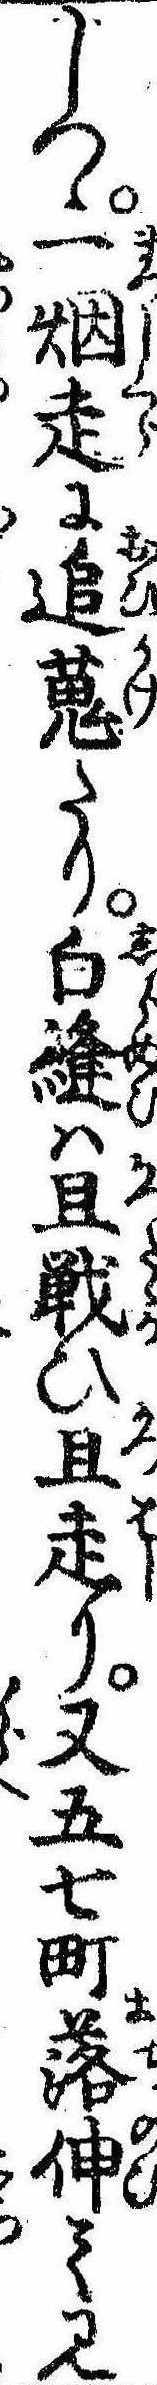
しつゝ一煙走に追蒐たり白縫は且戦ひ且走り又五七町落伸て見